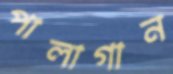
পালাগান